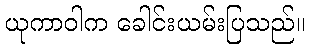
ယုကာဝါက ခေါင်းယမ်းပြသည်။